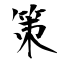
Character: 策